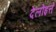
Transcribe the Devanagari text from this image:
देलोइत्ते